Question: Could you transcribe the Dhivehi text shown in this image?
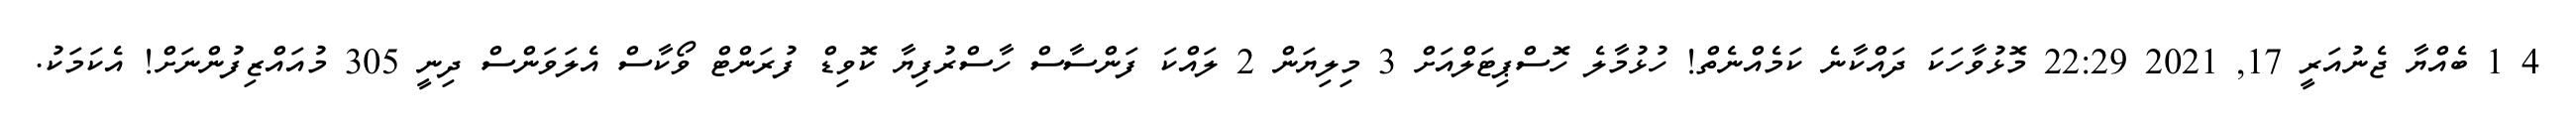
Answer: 4 1 ބެއްޔާ ޖެނުއަރީ 17, 2021 22:29 މޮޅުވާހަކަ ދައްކާނެ ކަމެއްނެތް! ހުޅުމާލެ ހޮސްޕިޓަލްއަށް 3 މިލިޔަން 2 ލައްކަ ފަންސާސް ހާސްރުފިޔާ ކޮވިޑް ފުރަންޓް ވޯކާސް އެލަވަންސް ދިނީ 305 މުއައްޒިފުންނަށް! އެކަމަކު.